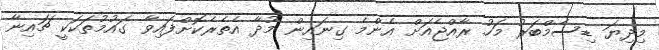
މިދިޔަ ޑިސެމްބަރު މަހު ރާއްޖެއަށް އެންމެ ގިނައިން މުދާ އެތެރެކޮށްފައިވާ ގައުމުތަކަކީ ޗައިނާ